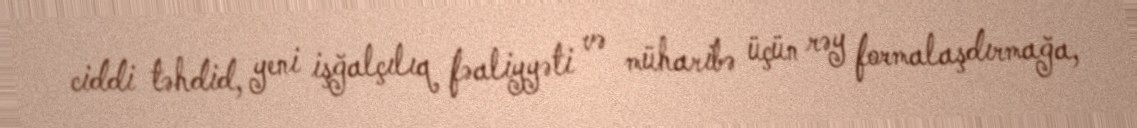
ciddi təhdid, yeni işğalçılıq fəaliyyəti və müharibə üçün rəy formalaşdırmağa,